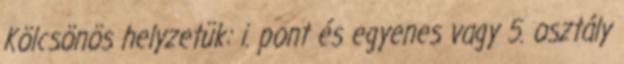
Kölcsönös helyzetük: i. pont és egyenes vagy 5. osztály